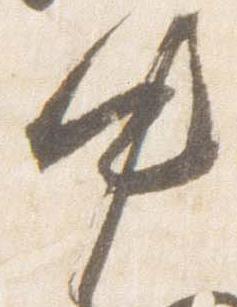
中